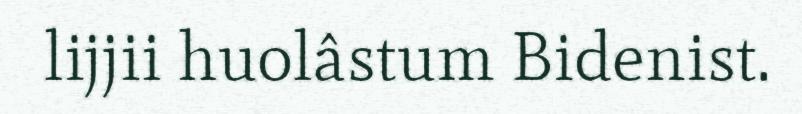
lijjii huolâstum Bidenist.